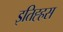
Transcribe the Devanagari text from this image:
इतिह्हस